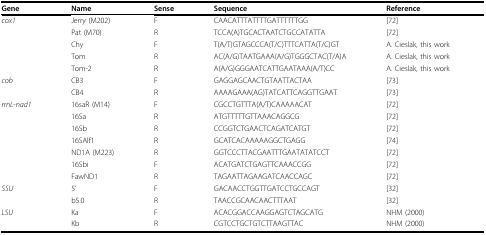
| Gene | Name | Sense | Sequence | Reference |
 | --- | --- | --- | --- | --- |
 | cox1 | Jerry (M202) | F | CAACATTTATTTTGATTTTTTGG | [72] |
 |  | Pat (M70) | R | TCCA(A)TGCACTAATCTGCCATATTA | [72] |
 |  | Chy | F | T(A/T)GTAGCCCA(T/C)TTTCATTA(T/C)GT | A. Cieslak, this work |
 |  | Tom | R | AC(A/G)TAATGAAA(A/G)TGGGCTAC(T/A)A | A. Cieslak, this work |
 |  | Tom-2 | R | A(A/G)GGGAATCATTGAATAAA(A/T)CC | A. Cieslak, this work |
 | cob | CB3 | F | GAGGAGCAACTGTAATTACTAA | [73] |
 |  | CB4 | R | AAAAGAAA(AG)TATCATTCAGGTTGAAT | [73] |
 | rrnL-nad1 | 16saR (M14) | F | CGCCTGTTTA(A/T)CAAAAACAT | [72] |
 |  | 16Sa | R | ATGTTTTTGTTAAACAGGCG | [72] |
 |  | 16Sb | R | CCGGTCTGAACTCAGATCATGT | [72] |
 |  | 16SAlf1 | R | GCATCACAAAAAGGCTGAGG | [74] |
 |  | ND1A (M223) | R | GGTCCCTTACGAATTTGAATATATCCT | [72] |
 |  | 16Sbi | F | ACATGATCTGAGTTCAAACCGG | [72] |
 |  | FawND1 | R | TAGAATTAGAAGATCAACCAGC | [72] |
 | SSU | 5' | F | GACAACCTGGTTGATCCTGCCAGT | [32] |
 |  | b5.0 | R | TAACCGCAACAACTTTAAT | [32] |
 | LSU | Ka | F | ACACGGACCAAGGAGTCTAGCATG | NHM (2000) |
 |  | Kb | R | CGTCCTGCTGTCTTAAGTTAC | NHM (2000) |